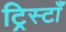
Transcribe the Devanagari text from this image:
ट्रिस्टाँ